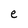
Character: e